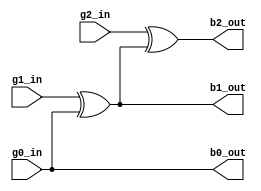
`timescale 1ns / 1ps
//////////////////////////////////////////////////////////////////////////////////
// Company: 
// Engineer: 
// 
// Design Name: 
// Module Name: gray_to_binary
// Project Name: 
// Target Devices: 
// Tool Versions: 
// Description: 
// 
// Dependencies: 
// 
// Revision:
// Revision 0.01 - File Created
// Additional Comments:
// 
//////////////////////////////////////////////////////////////////////////////////


module gray_to_binary(
input g0_in ,
input g1_in,
input g2_in,
output b0_out,
output b1_out,
output b2_out
    );
    
  assign b0_out =g0_in;
  assign b1_out =(g1_in ^  g0_in); 
  assign b2_out =(g2_in ^(g1_in ^  g0_in)); 
endmodule